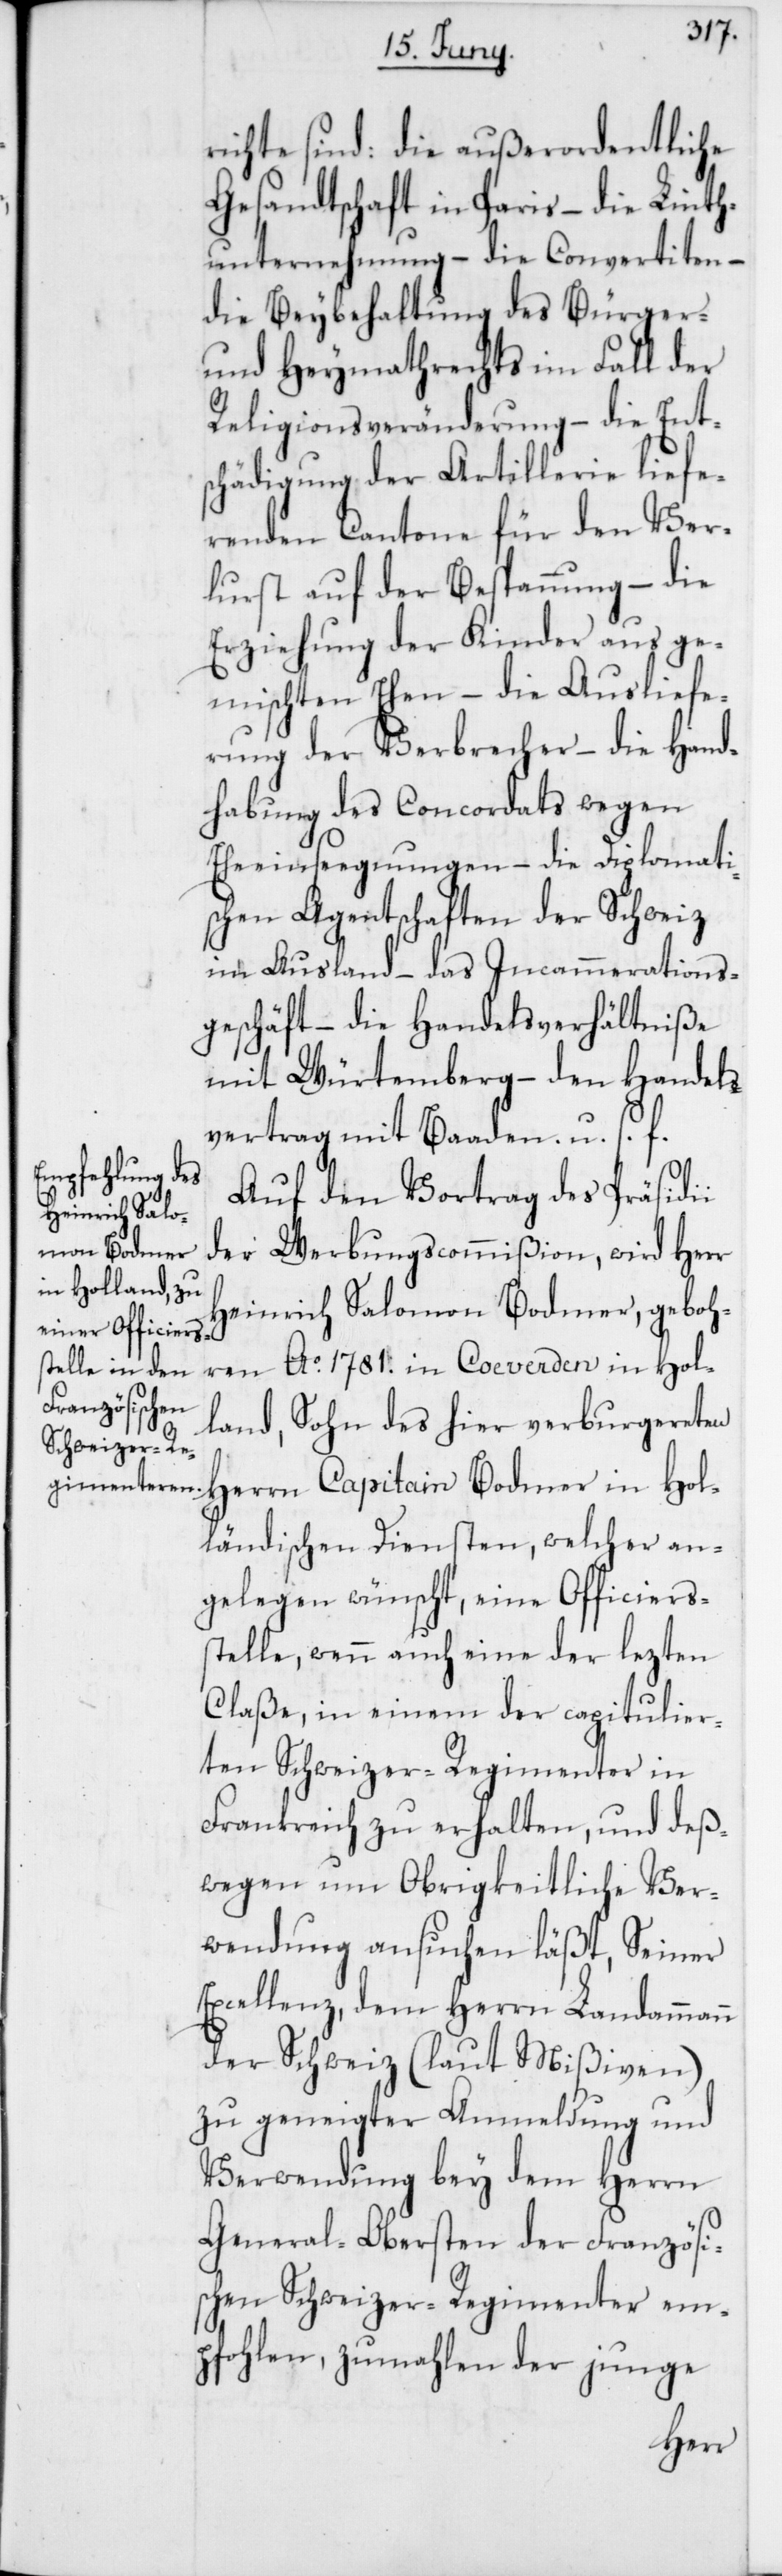
richte sind: die außerordentliche
Gesandtschaft in Paris – die Linth¬
unternehmung – die Convertiten –
die Beybehaltung des Bürger-
und Heymathrechts im Fall der
Religionsveränderung – die Ents¬
chädigung der Artillerie liefe¬
renden Cantone für den Ver¬
lurst auf der Bespannung – die
Erziehung der Kinder aus ge¬
mischten Ehen – die Ausliefe¬
rung der Verbrecher – die Hand¬
habung des Concordats wegen
Eheeinseegungen – die Diplomati¬
schen Agentschaften der Schweiz
im Ausland –das Incammerations¬
geschäft – die Handelsverhältniße
mit Würtemberg – den Handels¬
vertrag mit Baaden u. s. f.
Auf den Vortrag des Präsidii
der Werbungscommißion, wird Herr
Heinrich Salomon Bodmer, geboh¬
ren Ao. 1781. in Coeverden in Hol¬
land, Sohn des hier verburgereten
Herrn Capitain Bodmer in Hol¬
ländischen Diensten, welcher an¬
gelegen wünscht, eine Officiers¬
stelle, wenn auch eine der lezten
Claße, in einem der capitulier¬
ten Schweizer-Regimenter in
Frankreich zu erhalten, und deß¬
wegen um Obrigkeitliche Ver¬
wendung ansuchen läßt, Seiner
Excellenz, dem Herrn Landammann
der Schweiz (laut Mißiven)
zu geneigter Anmeldung und
Verwendung bey dem Herrn
General-Obersten der Französi¬
schen Schweizer-Regimenter em¬
pfohlen, zumahlen der junge